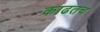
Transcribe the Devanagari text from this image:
काढतच